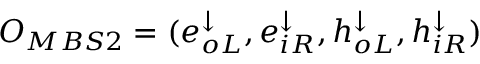
O _ { M B S 2 } = ( e _ { o L } ^ { \downarrow } , e _ { i R } ^ { \downarrow } , h _ { o L } ^ { \downarrow } , h _ { i R } ^ { \downarrow } )